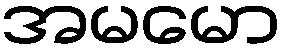
အမမော